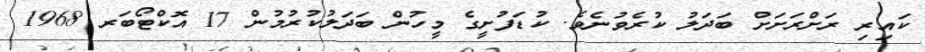
ކައިރި ރަށްރަށަށް ބަދަލު ކުރެވުނެވެ. ކުޑަފުށީގެ މީހުން ބަދަލުކުރުމުން 17 އޮކްޓޯބަރ 1968